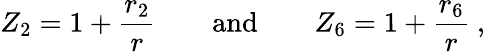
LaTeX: Z_{2}=1+\frac{r_{2}}{r}\qquad\mathrm{and}\qquad Z_{6}=1+\frac{r_{6}}{r}\ ,